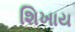
શિખાય